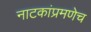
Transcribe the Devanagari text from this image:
नाटकांप्रमणेच